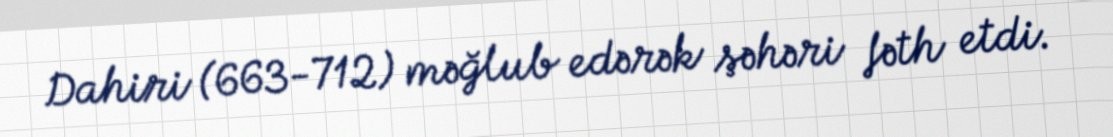
Dahiri (663-712) məğlub edərək şəhəri fəth etdi.